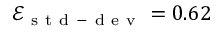
\mathcal { E } _ { \mathrm { ~ s ~ t ~ d ~ - ~ d ~ e ~ v ~ } } = 0 . 6 2